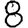
Digit: 8